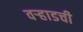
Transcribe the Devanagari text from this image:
वऱ्हाडची